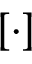
[ \cdot ]